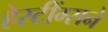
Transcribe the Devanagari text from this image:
हेस्टींग्सने